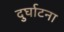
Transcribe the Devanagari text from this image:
दुर्घाटना